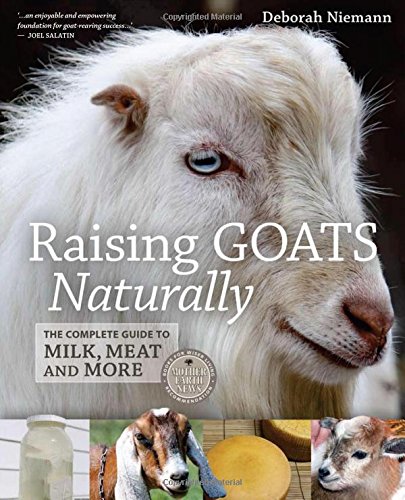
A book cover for Raising Goats Naturally: The Complete Guide to Milk, Meat and More; Deborah Niemann; Crafts, Hobbies & Home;